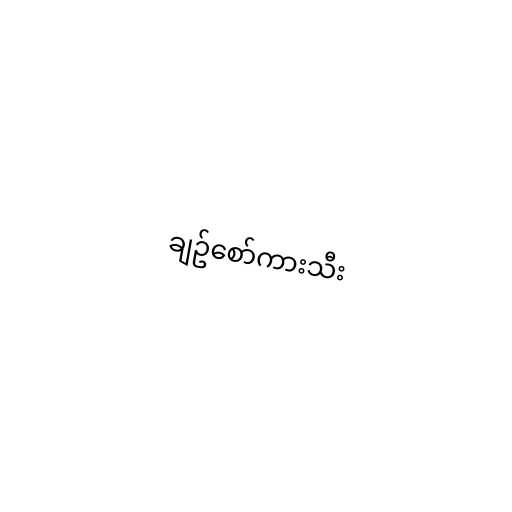
ချဥ်စော်ကားသီး